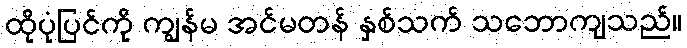
ထိုပုံပြင်ကို ကျွန်မ အင်မတန် နှစ်သက် သဘောကျသည်။